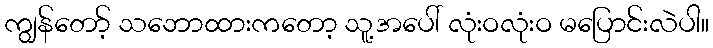
ကျွန်တော့် သဘောထားကတော့ သူ့အပေါ် လုံးဝလုံးဝ မပြောင်းလဲပါ။